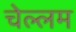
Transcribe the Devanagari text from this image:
चेल्लम